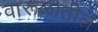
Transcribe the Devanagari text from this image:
वारूळातील